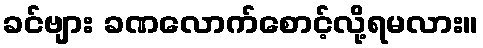
ခင်ဗျား ခဏလောက်စောင့်လို့ရမလား။